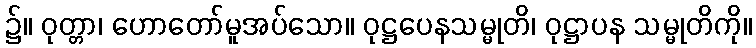
၌။ ဝုတ္တာ၊ ဟောတော်မူအပ်သော။ ဝုဋ္ဌပေနသမ္မုတိ၊ ဝုဋ္ဌာပန သမ္မုတိကို။